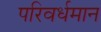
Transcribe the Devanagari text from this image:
परिवर्धमान